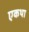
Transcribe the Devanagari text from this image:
एकथा